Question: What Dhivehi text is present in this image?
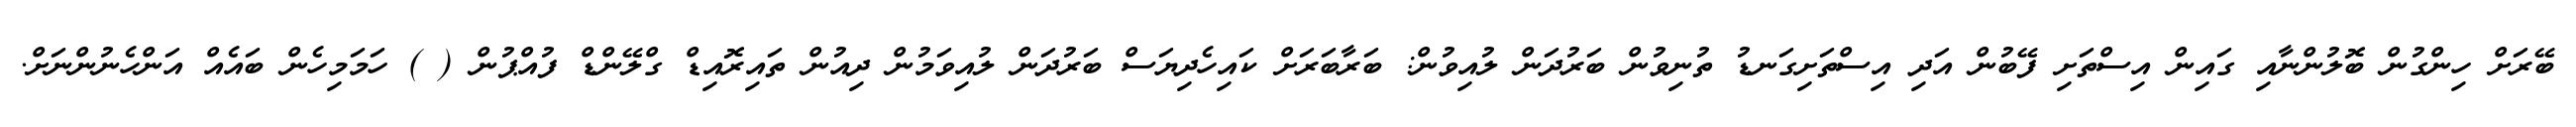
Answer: ބޭރަށް ހިންގުން ބޮލުންނާއި ގައިން އިސްތަށި ފޭބުން އަދި އިސްތަށިގަނޑު ތުނިވުން ބަރުދަން ލުއިވުން: ބަރާބަރަށް ކައިހެދިޔަސް ބަރުދަން ލުއިވަމުން ދިއުން ތައިރޮއިޑް ގްލޭންޑް ފުއްޕުން ( ) ހަމަމިހެން ބައެއް އަންހެނުންނަށް.